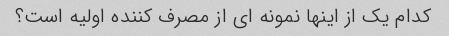
کدام یک از اینها نمونه ای از مصرف کننده اولیه است؟